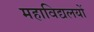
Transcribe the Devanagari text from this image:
महाविद्यलयों